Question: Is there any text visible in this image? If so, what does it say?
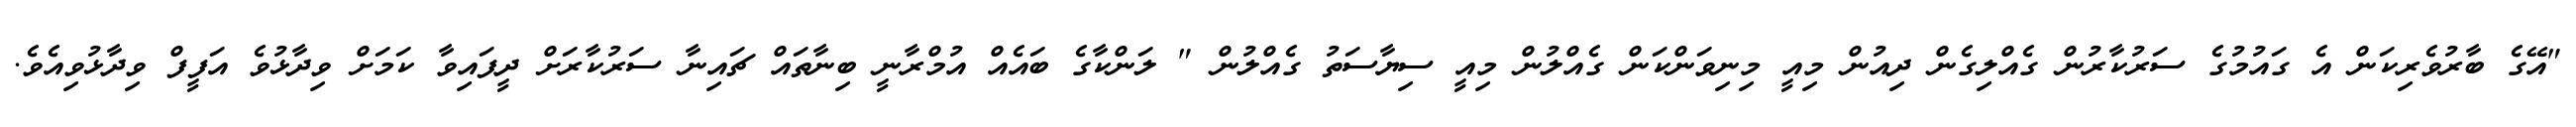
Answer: "އޭގެ ބާރުވެރިކަން އެ ގައުމުގެ ސަރުކާރުން ގެއްލިގެން ދިއުން މިއީ މިނިވަންކަން ގެއްލުން މިއީ ސިޔާސަތު ގެއްލުން " ލަންކާގެ ބައެއް އުމްރާނީ ބިނާތައް ޗައިނާ ސަރުކާރަށް ދީފައިވާ ކަމަށް ވިދާޅުވެ އަފީފް ވިދާޅުވިއެވެ.